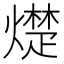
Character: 𪹵